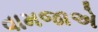
વામજાએ